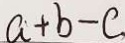
a + b - c